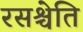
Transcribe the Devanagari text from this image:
रसश्चेति